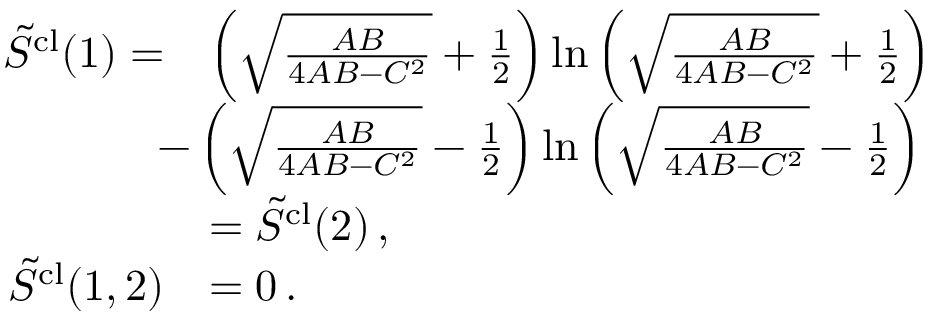
\begin{array} { r l } { \tilde { S } ^ { \mathrm { c l } } ( 1 ) = } & { \left( \sqrt { \frac { A B } { 4 A B - C ^ { 2 } } } + \frac { 1 } { 2 } \right) \ln \left( \sqrt { \frac { A B } { 4 A B - C ^ { 2 } } } + \frac { 1 } { 2 } \right) } \\ & { \! \! \! \! \! \! \! - \left( \sqrt { \frac { A B } { 4 A B - C ^ { 2 } } } - \frac { 1 } { 2 } \right) \ln \left( \sqrt { \frac { A B } { 4 A B - C ^ { 2 } } } - \frac { 1 } { 2 } \right) } \\ & { = \tilde { S } ^ { \mathrm { c l } } ( 2 ) \, , } \\ { \tilde { S } ^ { \mathrm { c l } } ( 1 , 2 ) } & { = 0 \, . } \end{array}